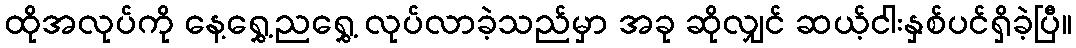
ထိုအလုပ်ကို နေ့ရွှေ့ညရွှေ့ လုပ်လာခဲ့သည်မှာ အခု ဆိုလျှင် ဆယ့်ငါးနှစ်ပင်ရှိခဲ့ပြီ။